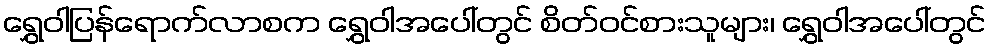
ရွှေဝါပြန်ရောက်လာစက ရွှေဝါအပေါ်တွင် စိတ်ဝင်စားသူများ၊ ရွှေဝါအပေါ်တွင်